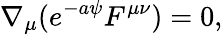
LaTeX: \nabla_{\mu}(e^{-a\psi}F^{\mu\nu})=0,